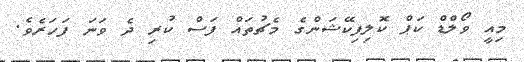
މިއީ ވޯލްޑް ކަޕް ކޮލިފިކޭޝަންގެ މެޗުތައް ފަސް ކުރި ދެ ވަނަ ފަހަރެވެ.